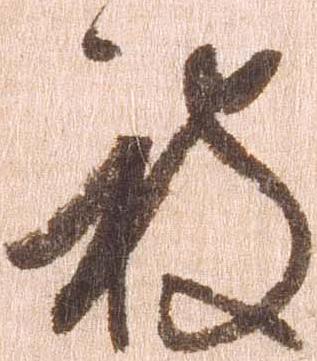
被